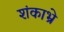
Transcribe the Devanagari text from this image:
शंकाभ्रे